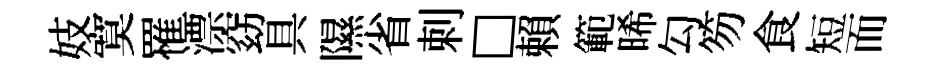
妓寞罹漂窈具隰省剌□賴範晞勾笏食短而